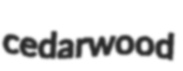
cedarwood